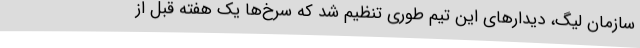
سازمان لیگ، دیدارهای این تیم طوری تنظیم شد که سرخ‌ها یک هفته قبل از